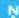
N